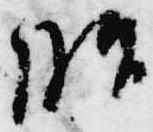
昭